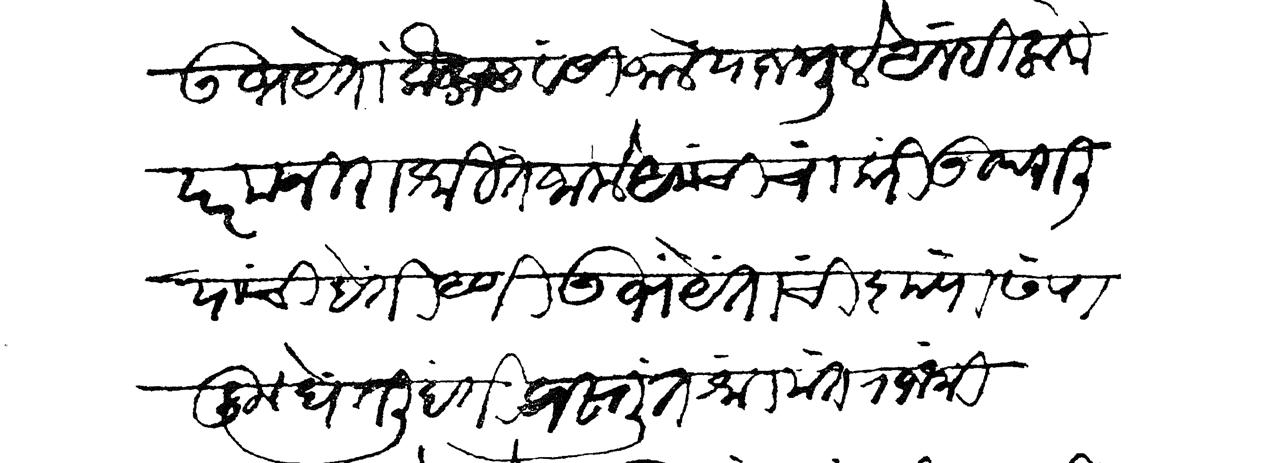
Transliteration (Devanagari): उभयेता कैलासवासी जाले याजमुले आम्ही लोक परम निराश्रित जालो आमची चाकरी उपरालि यांची होती आणि उभयेतांची कृपा संपादून घेतली होती प्रस्तुत श्रीमंत राजश्री